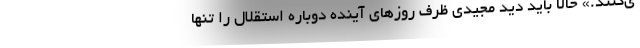
ی‌کنند.» حالا باید دید مجیدی ظرف روزهای آینده دوباره استقلال را تنها